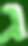
ג